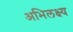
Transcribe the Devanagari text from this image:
अभिलक्ष्य